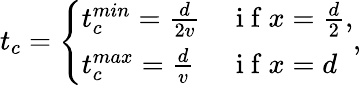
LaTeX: t_{c}=\left\{ \begin{array}{ll}{t_{c}^{min}=\frac{d}{2v}}&{\mathrm{~i~f~}x=\frac{d}{2},}\\ {t_{c}^{max}=\frac{d}{v}}&{\mathrm{~i~f~}x=d}\end{array}\right.,